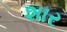
શાર